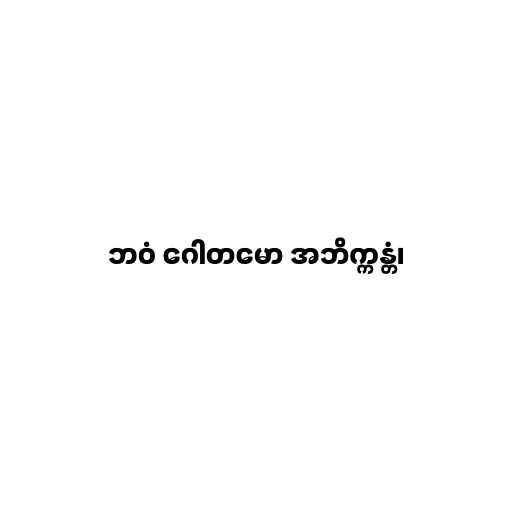
ဘဝံ ဂေါတမော အဘိက္ကန္တံ၊